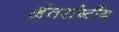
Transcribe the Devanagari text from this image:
अंतर्राष्टींय